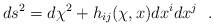
\begin{align*}ds^2=d\chi^2+h_{ij}(\chi , x)dx^idx^j~~.\end{align*}